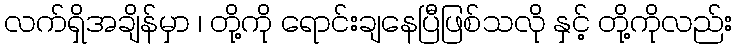
လက်ရှိအချိန်မှာ ၊ တို့ကို ရောင်းချနေပြီဖြစ်သလို နှင့် တို့ကိုလည်း